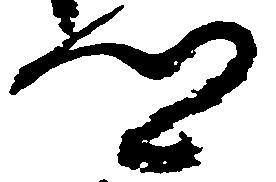
郷